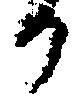
か